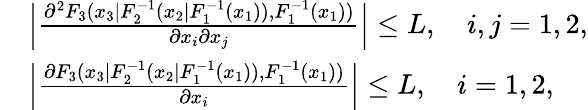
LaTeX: \begin{array}{rl}&{\Big|\frac{\partial^{2}F_{3}(x_{3}|F_{2}^{-1}(x_{2}|F_{1}^{-1}(x_{1})),F_{1}^{-1}(x_{1}))}{\partial x_{i}\partial x_{j}}\Big|\leq L,\quad i,j=1,2,}\\ &{\Big|\frac{\partial F_{3}(x_{3}|F_{2}^{-1}(x_{2}|F_{1}^{-1}(x_{1})),F_{1}^{-1}(x_{1}))}{\partial x_{i}}\Big|\leq L,\quad i=1,2,}\end{array}